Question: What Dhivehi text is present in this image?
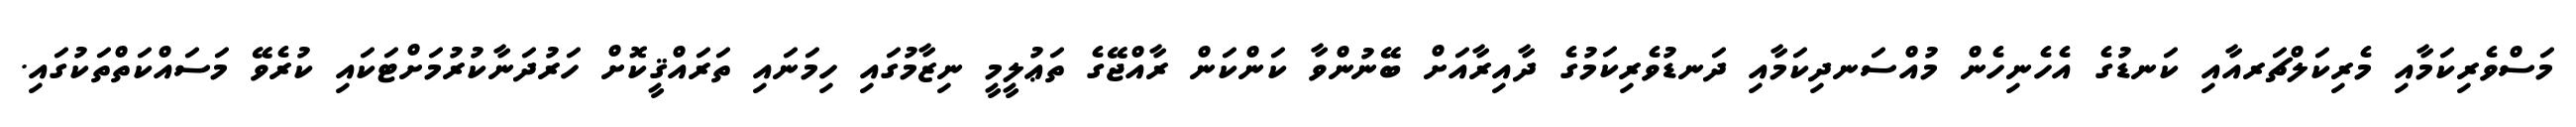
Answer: މަސްވެރިކަމާއި މެރިކަލްޗަރއާއި ކަނޑުގެ އެހެނިހެން މުއްސަނދިކަމާއި ދަނޑުވެރިކަމުގެ ދާއިރާއަށް ބޭނުންވާ ކަންކަން ރާއްޖޭގެ ތަޢުލީމީ ނިޒާމުގައި ހިމަނައި ތަރައްޤީކޮށް ހަރުދަނާކުރުމަށްޓަކައި ކުރެވޭ މަސައްކަތްތަކުގައި.